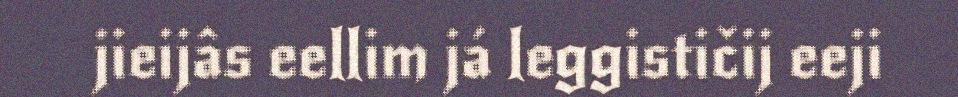
jieijâs eellim já leggističij eeji